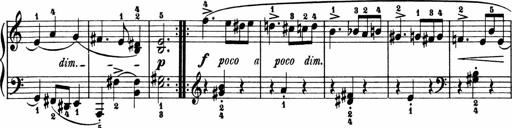
Title: 2 Sonatinen
Composer: Lambertus Adrianus van Tetterode